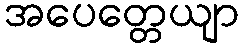
အပေတ္တေယျာ